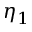
\eta _ { 1 }